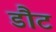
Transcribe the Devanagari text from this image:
डौट